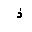
Letter: _thal